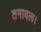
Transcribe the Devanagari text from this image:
तनावल।